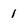
Character: 1